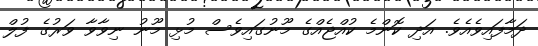
ދަމާފައިވެއެވެ. އަދި ކޮންމެ ކުއްޖެއްގެ މޫނުގައިވެސް މުޅި މޫނު ނިވާވާ ވަރުގެ ފުލް